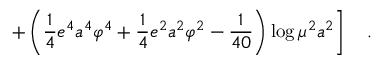
\left. + \left( \frac 1 4 e ^ { 4 } a ^ { 4 } \varphi ^ { 4 } + \frac 1 4 e ^ { 2 } a ^ { 2 } \varphi ^ { 2 } - { \frac { 1 } { 4 0 } } \right) \log \mu ^ { 2 } a ^ { 2 } \right] ~ ~ ~ .